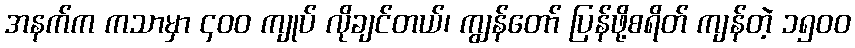
အနက်က ကသာမှာ ၄၀၀ ကျုပ် လိုချင်တယ်၊ ကျွန်တော် ပြန်ဖို့စရိတ် ကျန်တဲ့ ၁၅၀၀